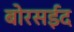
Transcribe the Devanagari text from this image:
बोरसईद